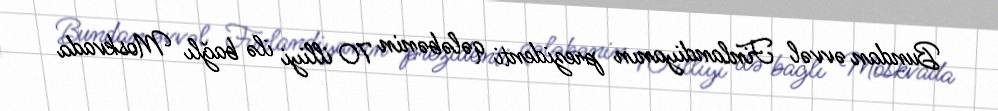
Bundan əvvəl Finlandiyanın prezidenti qələbənin 70 illiyi ilə bağlı Moskvada